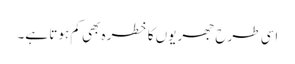
اسی طرح جھریوں کا خطرہ بھی کم ہوتا ہے۔